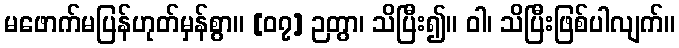
မဖောက်မပြန်ဟုတ်မှန်စွာ။ [၀၇] ဉတွာ၊ သိပြီး၍။ ဝါ၊ သိပြီးဖြစ်ပါလျက်။